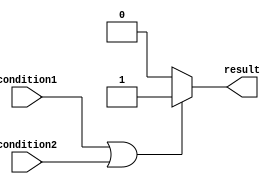
module if_else_statement (
    input condition1,
    input condition2,
    output reg result
);

always @(*) begin
    if (condition1 || condition2) begin
        // Code block for when condition1 or condition2 is true
        result <= 1;
    end
    else begin
        // Code block for when neither condition1 nor condition2 is true
        result <= 0;
    end
end

endmodule